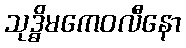
သုဒ္ဓိမကေဝလီနော